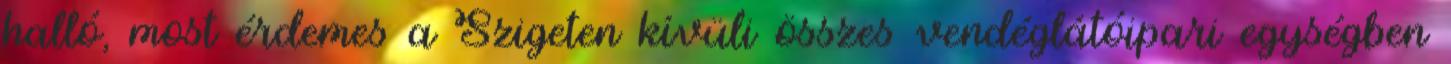
halló, most érdemes a Szigeten kívüli összes vendéglátóipari egységben